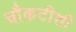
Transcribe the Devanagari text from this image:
चौकटीशी